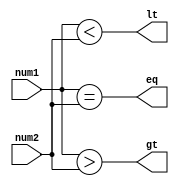
module signed_comparator(
    input signed [7:0] num1,
    input signed [7:0] num2,
    output wire gt,
    output wire lt,
    output wire eq
);

assign gt = (num1 > num2);
assign lt = (num1 < num2);
assign eq = (num1 == num2);

endmodule